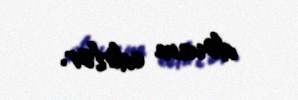
dəvam edirlər.